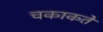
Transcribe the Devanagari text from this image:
चकाकते